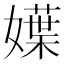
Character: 𡢬